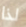
لذا